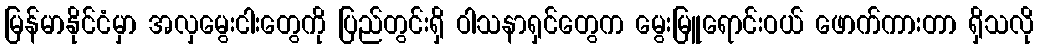
မြန်မာနိုင်ငံမှာ အလှမွေးငါးတွေကို ပြည်တွင်းရှိ ဝါသနာရှင်တွေက မွေးမြူရောင်းဝယ် ဖောက်ကားတာ ရှိသလို